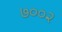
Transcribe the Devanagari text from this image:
७००२